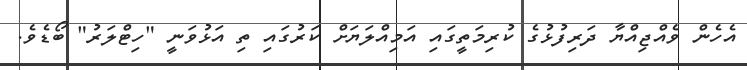
އެހެން ވެއްޖިއްޔާ ދަރިފުޅުގެ ކުރިމަތީގައި އަމިއްލަޔަށް ކަރުގައި ތި އަޅުވަނީ "ހިޓްލަރު" ބޯޑެވެ.